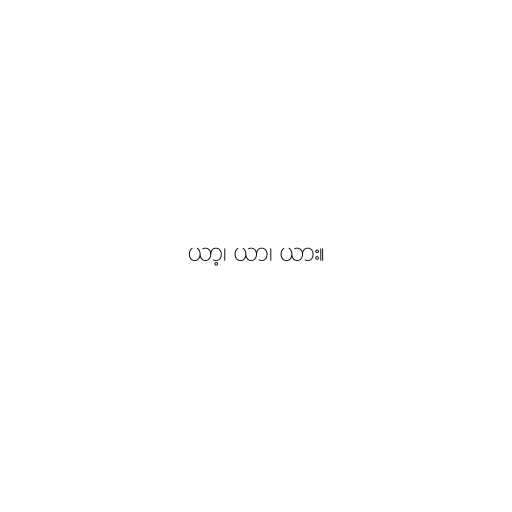
ယာ့၊ ယာ၊ ယား။